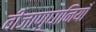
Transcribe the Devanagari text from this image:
बीजाणुघानियाँ